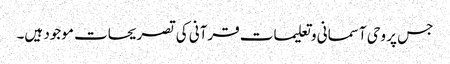
جس پر وحی آسمانی و تعلیمات قرآنی کی تصریحات موجود ہیں۔